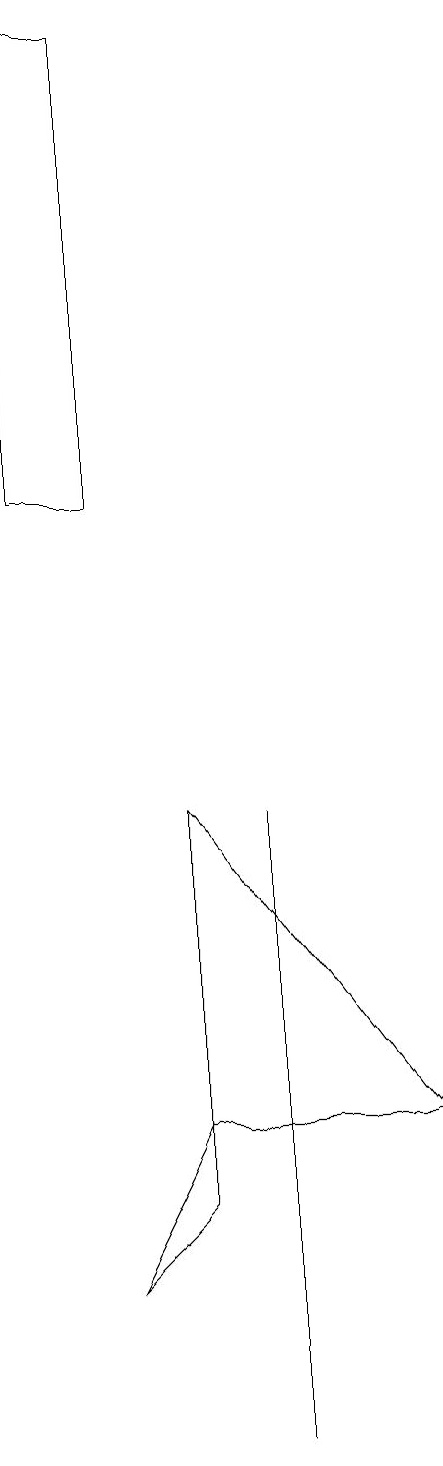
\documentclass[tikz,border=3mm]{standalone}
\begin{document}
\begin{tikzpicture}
\draw (1,19) rectangle (2,13);
\draw (2,3) -- (3,4) -- (3,5) -- cycle;
\draw (6,5) -- (3,9) -- (3,5) -- cycle;
\draw (4,8) -- (4,1) -- (4,9) -- cycle;
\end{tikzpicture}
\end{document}